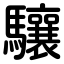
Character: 驤